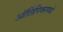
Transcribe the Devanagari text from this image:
ऑलिंपिक्समध्ये